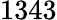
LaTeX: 1343